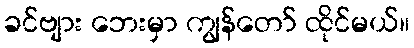
ခင်ဗျား ဘေးမှာ ကျွန်တော် ထိုင်မယ်။